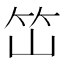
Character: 𰩭